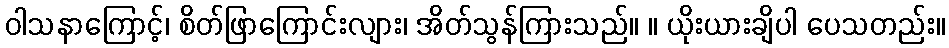
ဝါသနာကြောင့်၊ စိတ်ဖြာကြောင်းလျား၊ အိတ်သွန်ကြားသည်။ ။ ယိုးယားချိပါ ပေသတည်း။